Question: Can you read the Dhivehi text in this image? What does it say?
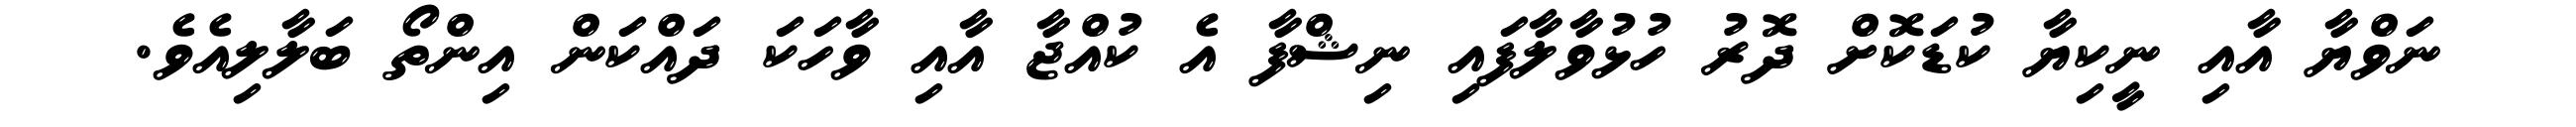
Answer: ނަވްޔާ އާއި ނީކިޔާ ކުޑަކޮށް ދޮރު ހުޅުވާލާފައި ނިޝްފާ އެ ކުއްޖާ އާއި ވާހަކަ ދައްކަން އިންތޯ ބަލާލިއެވެ.